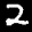
Label: 2